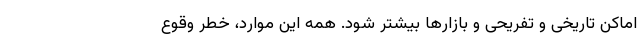
اماکن تاریخی و تفریحی و بازار‌ها بیشتر شود. همه این موارد، خطر وقوع